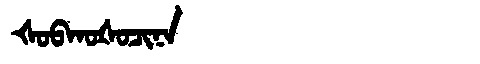
Manchu: ᡧᠣᠪᡴᠣᡧᠣᠴᡳᠨᠠ
Romanization: ŠOBKOŠOCINA